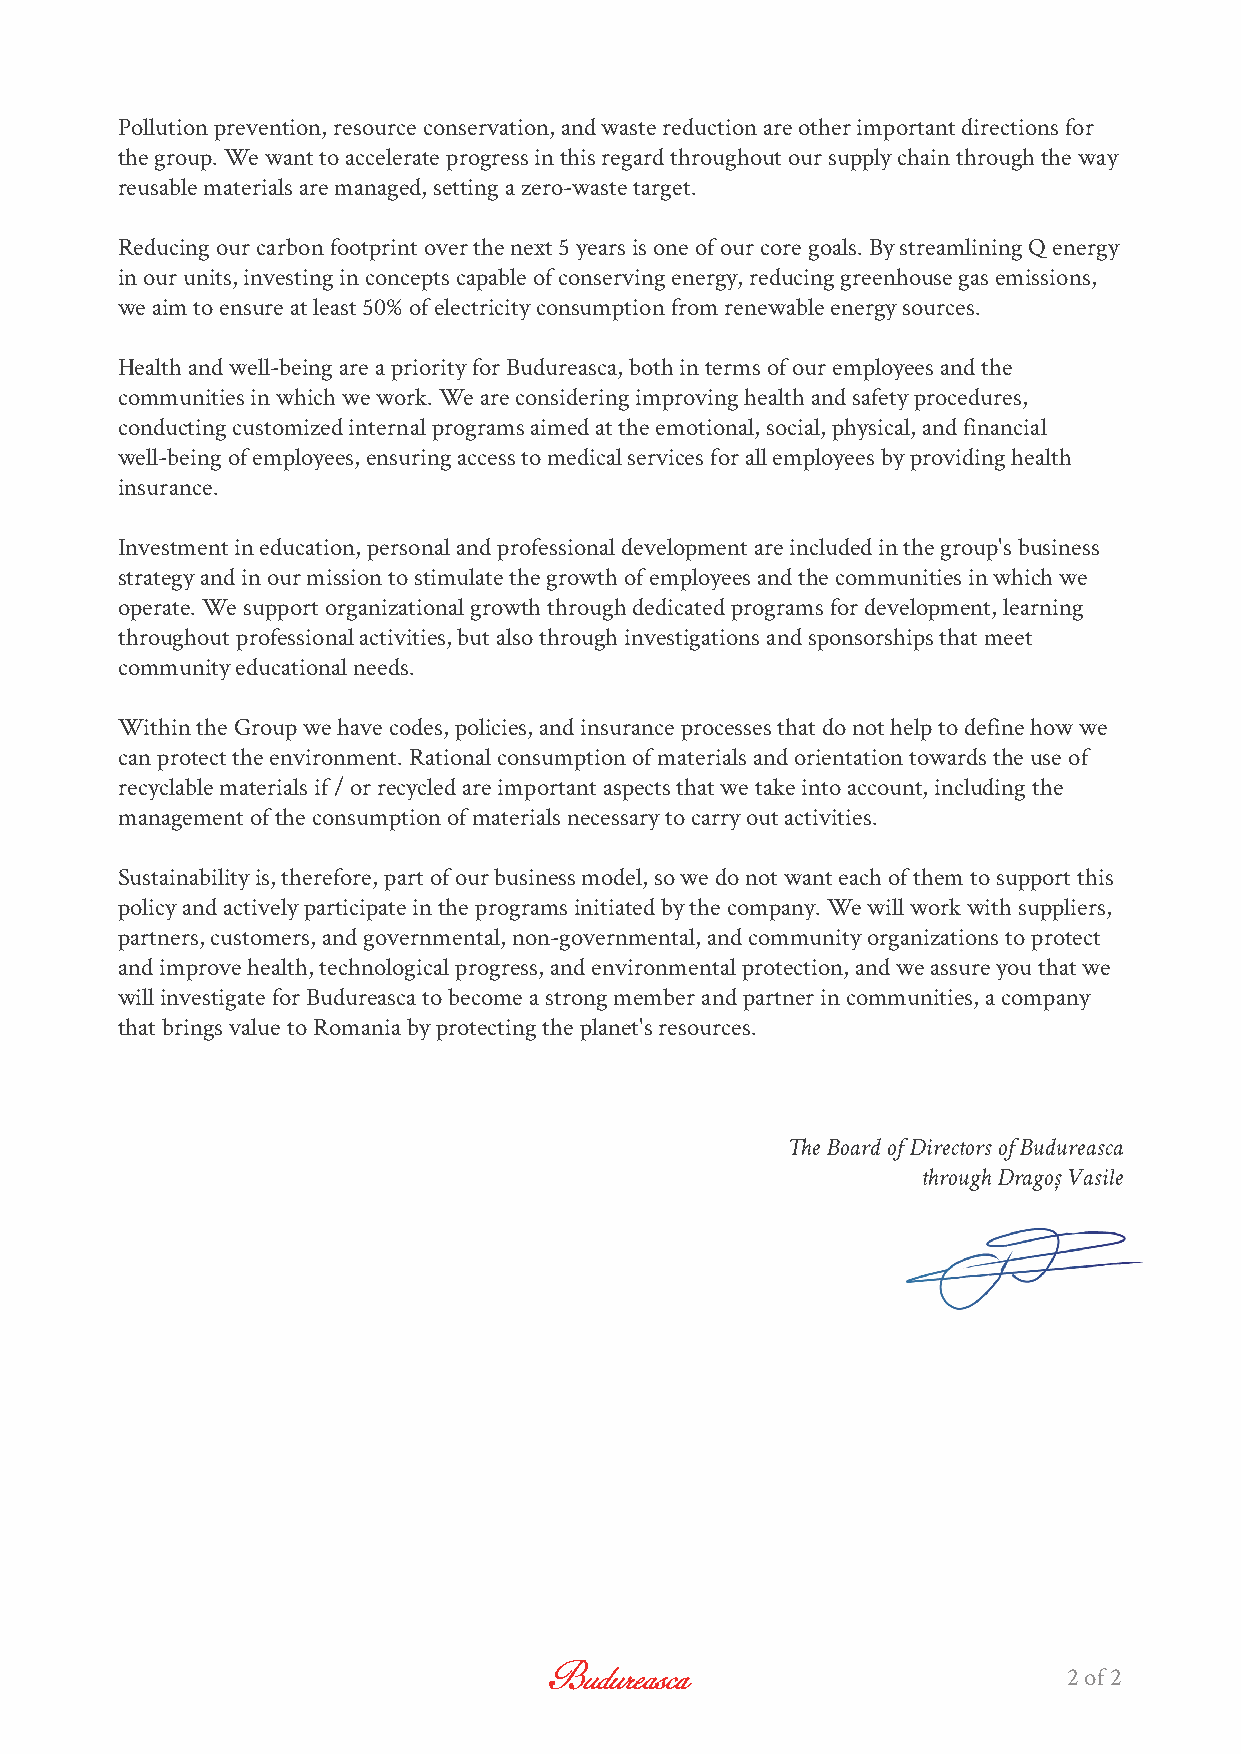
Pollution prevention, resource conservation, and waste reduction are other important directions for
 the group. We want to accelerate progress in this regard throughout our supply chain through the way
 reusable materials are managed, setting a zero-waste target.
 Reducing our carbon footprint over the next 5 years is one of our core goals. By streamlining Q energy
 in our units, investing in concepts capable of conserving energy, reducing greenhouse gas emissions,
 we aim to ensure at least 50% of electricity consumption from renewable energy sources.
 Health and well-being are a priority for Budureasca, both in terms of our employees and the
 communities in which we work. We are considering improving health and safety procedures,
 conducting customized internal programs aimed at the emotional, social, physical, and financial
 well-being of employees, ensuring access to medical services for all employees by providing health
 insurance.
 Investment in education, personal and professional development are included in the group's business
 strategy and in our mission to stimulate the growth of employees and the communities in which we
 operate. We support organizational growth through dedicated programs for development, learning
 throughout professional activities, but also through investigations and sponsorships that meet
 community educational needs.
 Within the Group we have codes, policies, and insurance processes that do not help to define how we
 can protect the environment. Rational consumption of materials and orientation towards the use of
 recyclable materials if / or recycled are important aspects that we take into account, including the
 management of the consumption of materials necessary to carry out activities.
 Sustainability is, therefore, part of our business model, so we do not want each of them to support this
 policy and actively participate in the programs initiated by the company. We will work with suppliers,
 partners, customers, and governmental, non-governmental, and community organizations to protect
 and improve health, technological progress, and environmental protection, and we assure you that we
 will investigate for Budureasca to become a strong member and partner in communities, a company
 that brings value to Romania by protecting the planet's resources.
 The Board of Directors of Budureasca
 through Dragoș Vasile
 2 of 2